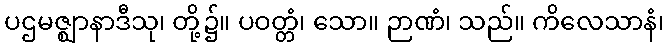
ပဌမဇ္ဈာနာဒီသု၊ တို့၌။ ပဝတ္တံ၊ သော။ ဉာဏံ၊ သည်။ ကိလေသာနံ၊